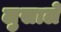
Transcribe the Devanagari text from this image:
लुसाले